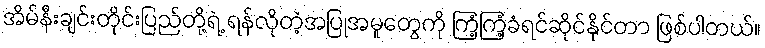
အိမ်နီးချင်းတိုင်းပြည်တို့ရဲ့ ရန်လိုတဲ့အပြုအမူတွေကို ကြံ့ကြံ့ခံရင်ဆိုင်နိုင်တာ ဖြစ်ပါတယ်။